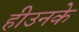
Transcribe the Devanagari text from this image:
हीउनके